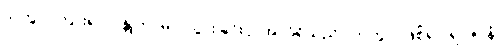
သုတွာ၊ ကြား၍။ ဂန္တုကာမာ၊ သွားခြင်းငှာအလိုရှိသည်။ ဟုတွာ၊ ဖြစ်၍။ ရာဇာနံ၊